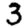
Digit: 3